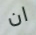
ان